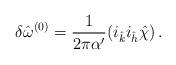
LaTeX: \begin{align*}\delta {\hat \omega}^{(0)}=\frac{1}{2\pi\alpha^\prime}(i_{\hat k}i_{\hat h}{\hat \chi})\, .\end{align*}